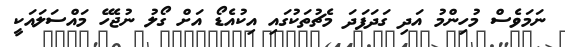
ނަމަވެސް މުހިންމު އަދި ގަދަފަދަ މެޗުތަކުގައި އިކުއެޑޯ އަށް ގޯލު ނުޖެހޭ މައްސަލައަކީ